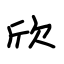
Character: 欣